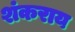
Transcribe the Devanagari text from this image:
शंकराय